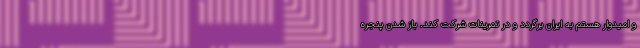
و امیدوار هستم به ایران برگردد و در تمرینات شرکت کند. باز شدن پنجره